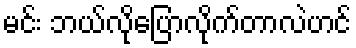
မင်း ဘယ်လိုပြောလိုက်တာလဲဟင်